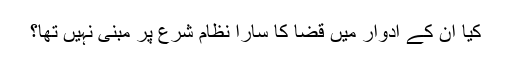
کیا ان کے ادوار میں قضا کا سارا نظام شرع پر مبنی نہیں تھا؟